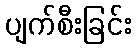
ပျက်စီးခြင်း